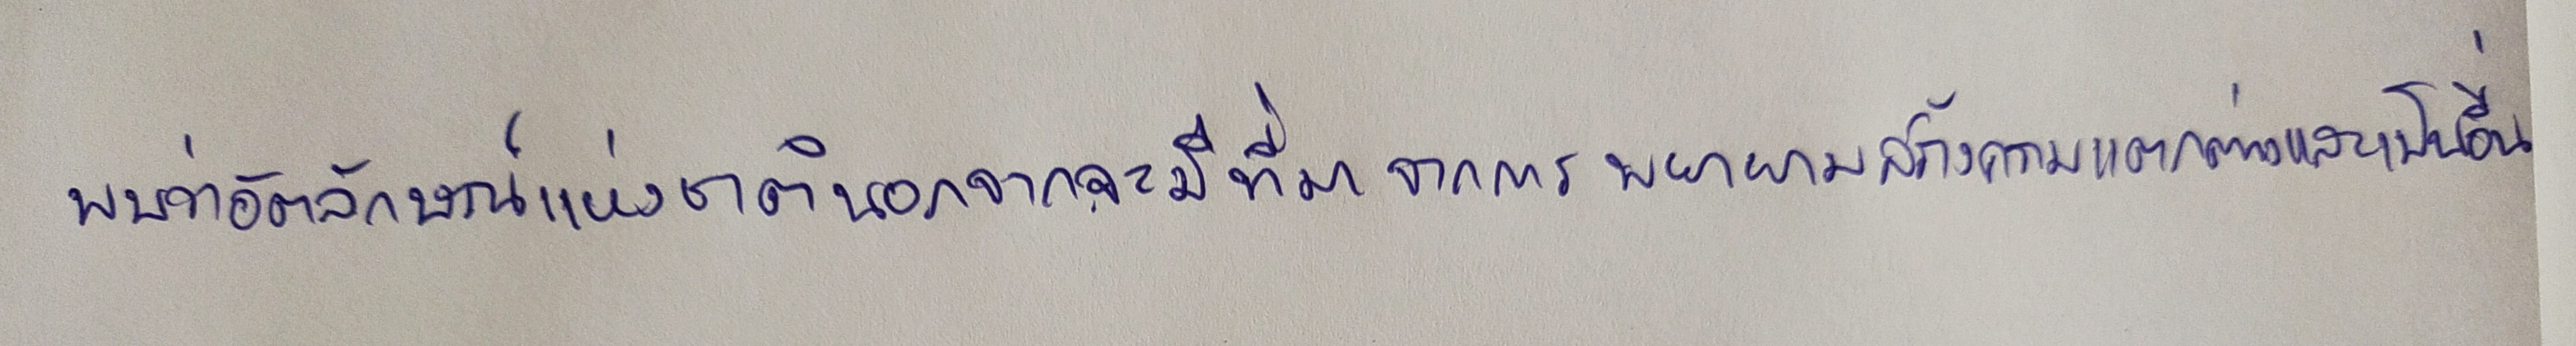
พบว่าอัตลักษณ์แห่งชาตินอกจากจะมีที่มาจากการพยายามสร้างความแตกต่างและเป็นอื่น